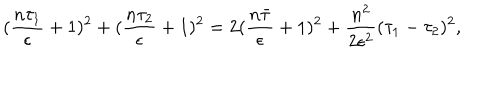
LaTeX: ( \frac { n \tau _ { 1 } } { \epsilon } + 1 ) ^ { 2 } + ( \frac { n \tau _ { 2 } } { \epsilon } + 1 ) ^ { 2 } = 2 ( \frac { n \bar { \tau } } { \epsilon } + 1 ) ^ { 2 } + \frac { n ^ { 2 } } { 2 \epsilon ^ { 2 } } ( \tau _ { 1 } - \tau _ { 2 } ) ^ { 2 } ,